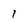
Character: l